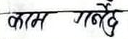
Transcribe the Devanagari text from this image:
कामगर्दै